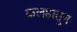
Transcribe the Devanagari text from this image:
कलहातून